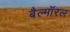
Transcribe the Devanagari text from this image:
बैल्मॉरल